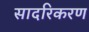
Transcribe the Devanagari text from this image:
सादरिकरण